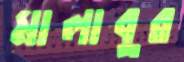
মালাবুর